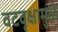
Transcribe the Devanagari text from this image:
वटवृक्षामुळे